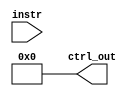
module InstructionDecoder #(parameter INSTR_WIDTH = 16,
                            parameter CTRL_WIDTH = 16)
									(input[INSTR_WIDTH-1:0] instr,
									 output[CTRL_WIDTH-1:0] ctrl_out);

assign ctrl_out = ctrl;					 
always@(*) begin
	ctrl = 0;
end


endmodule